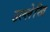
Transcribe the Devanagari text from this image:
उल्लेखि